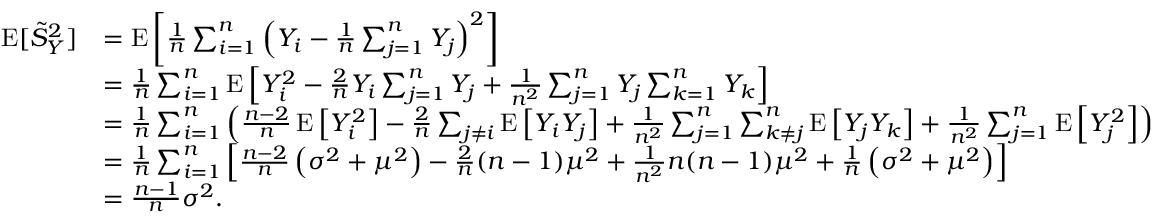
{ \begin{array} { r l } { \operatorname { E } [ { \tilde { S } } _ { Y } ^ { 2 } ] } & { = \operatorname { E } \left[ { \frac { 1 } { n } } \sum _ { i = 1 } ^ { n } \left( Y _ { i } - { \frac { 1 } { n } } \sum _ { j = 1 } ^ { n } Y _ { j } \right) ^ { 2 } \right] } \\ & { = { \frac { 1 } { n } } \sum _ { i = 1 } ^ { n } \operatorname { E } \left[ Y _ { i } ^ { 2 } - { \frac { 2 } { n } } Y _ { i } \sum _ { j = 1 } ^ { n } Y _ { j } + { \frac { 1 } { n ^ { 2 } } } \sum _ { j = 1 } ^ { n } Y _ { j } \sum _ { k = 1 } ^ { n } Y _ { k } \right] } \\ & { = { \frac { 1 } { n } } \sum _ { i = 1 } ^ { n } \left( { \frac { n - 2 } { n } } \operatorname { E } \left[ Y _ { i } ^ { 2 } \right] - { \frac { 2 } { n } } \sum _ { j \neq i } \operatorname { E } \left[ Y _ { i } Y _ { j } \right] + { \frac { 1 } { n ^ { 2 } } } \sum _ { j = 1 } ^ { n } \sum _ { k \neq j } ^ { n } \operatorname { E } \left[ Y _ { j } Y _ { k } \right] + { \frac { 1 } { n ^ { 2 } } } \sum _ { j = 1 } ^ { n } \operatorname { E } \left[ Y _ { j } ^ { 2 } \right] \right) } \\ & { = { \frac { 1 } { n } } \sum _ { i = 1 } ^ { n } \left[ { \frac { n - 2 } { n } } \left( \sigma ^ { 2 } + \mu ^ { 2 } \right) - { \frac { 2 } { n } } ( n - 1 ) \mu ^ { 2 } + { \frac { 1 } { n ^ { 2 } } } n ( n - 1 ) \mu ^ { 2 } + { \frac { 1 } { n } } \left( \sigma ^ { 2 } + \mu ^ { 2 } \right) \right] } \\ & { = { \frac { n - 1 } { n } } \sigma ^ { 2 } . } \end{array} }